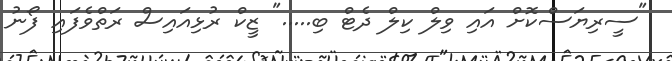
"ސީރިޔަސްކޮށް އައި ވިލް ކިލް ދެޓް ބި....." ޒީކް ރުޅިއައިސް ރަތްވެފައި ފޯނު